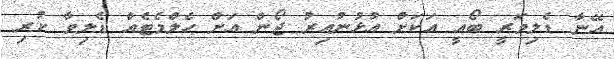
އޭނާ ޑެލިވަރީ ބޯއީ އަކަށް އުޅުނުއިރު ޖޯން އަށް ހެލްމެޓެއް ޑެލިވާ ކުރި